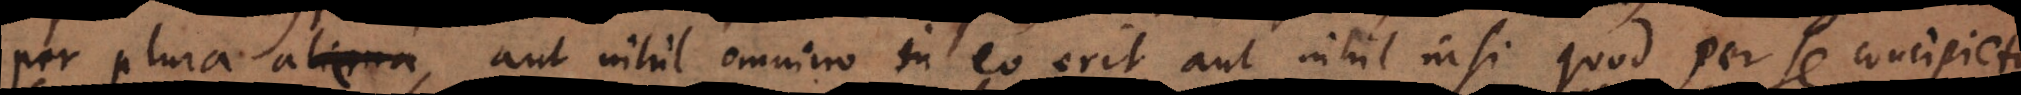
per plura, aut nihil omnino in eo erit aut nihil nisi quod per se concipietur.